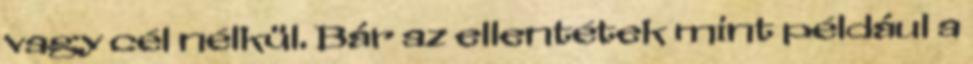
vagy cél nélkül. Bár az ellentétek mint például a